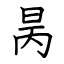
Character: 昺